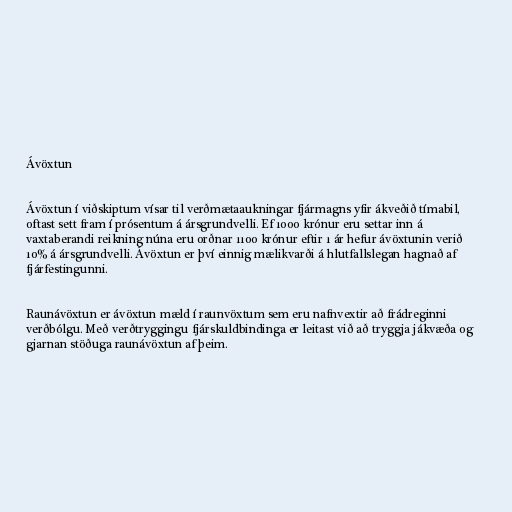
Ávöxtun

Ávöxtun í viðskiptum vísar til verðmætaaukningar fjármagns yfir ákveðið tímabil,
oftast sett fram í prósentum á ársgrundvelli. Ef 1000 krónur eru settar inn á
vaxtaberandi reikning núna eru orðnar 1100 krónur eftir 1 ár hefur ávöxtunin verið
10% á ársgrundvelli. Ávöxtun er því einnig mælikvarði á hlutfallslegan hagnað af
fjárfestingunni.

Raunávöxtun er ávöxtun mæld í raunvöxtum sem eru nafnvextir að frádreginni
verðbólgu. Með verðtryggingu fjárskuldbindinga er leitast við að tryggja jákvæða og
gjarnan stöðuga raunávöxtun af þeim.